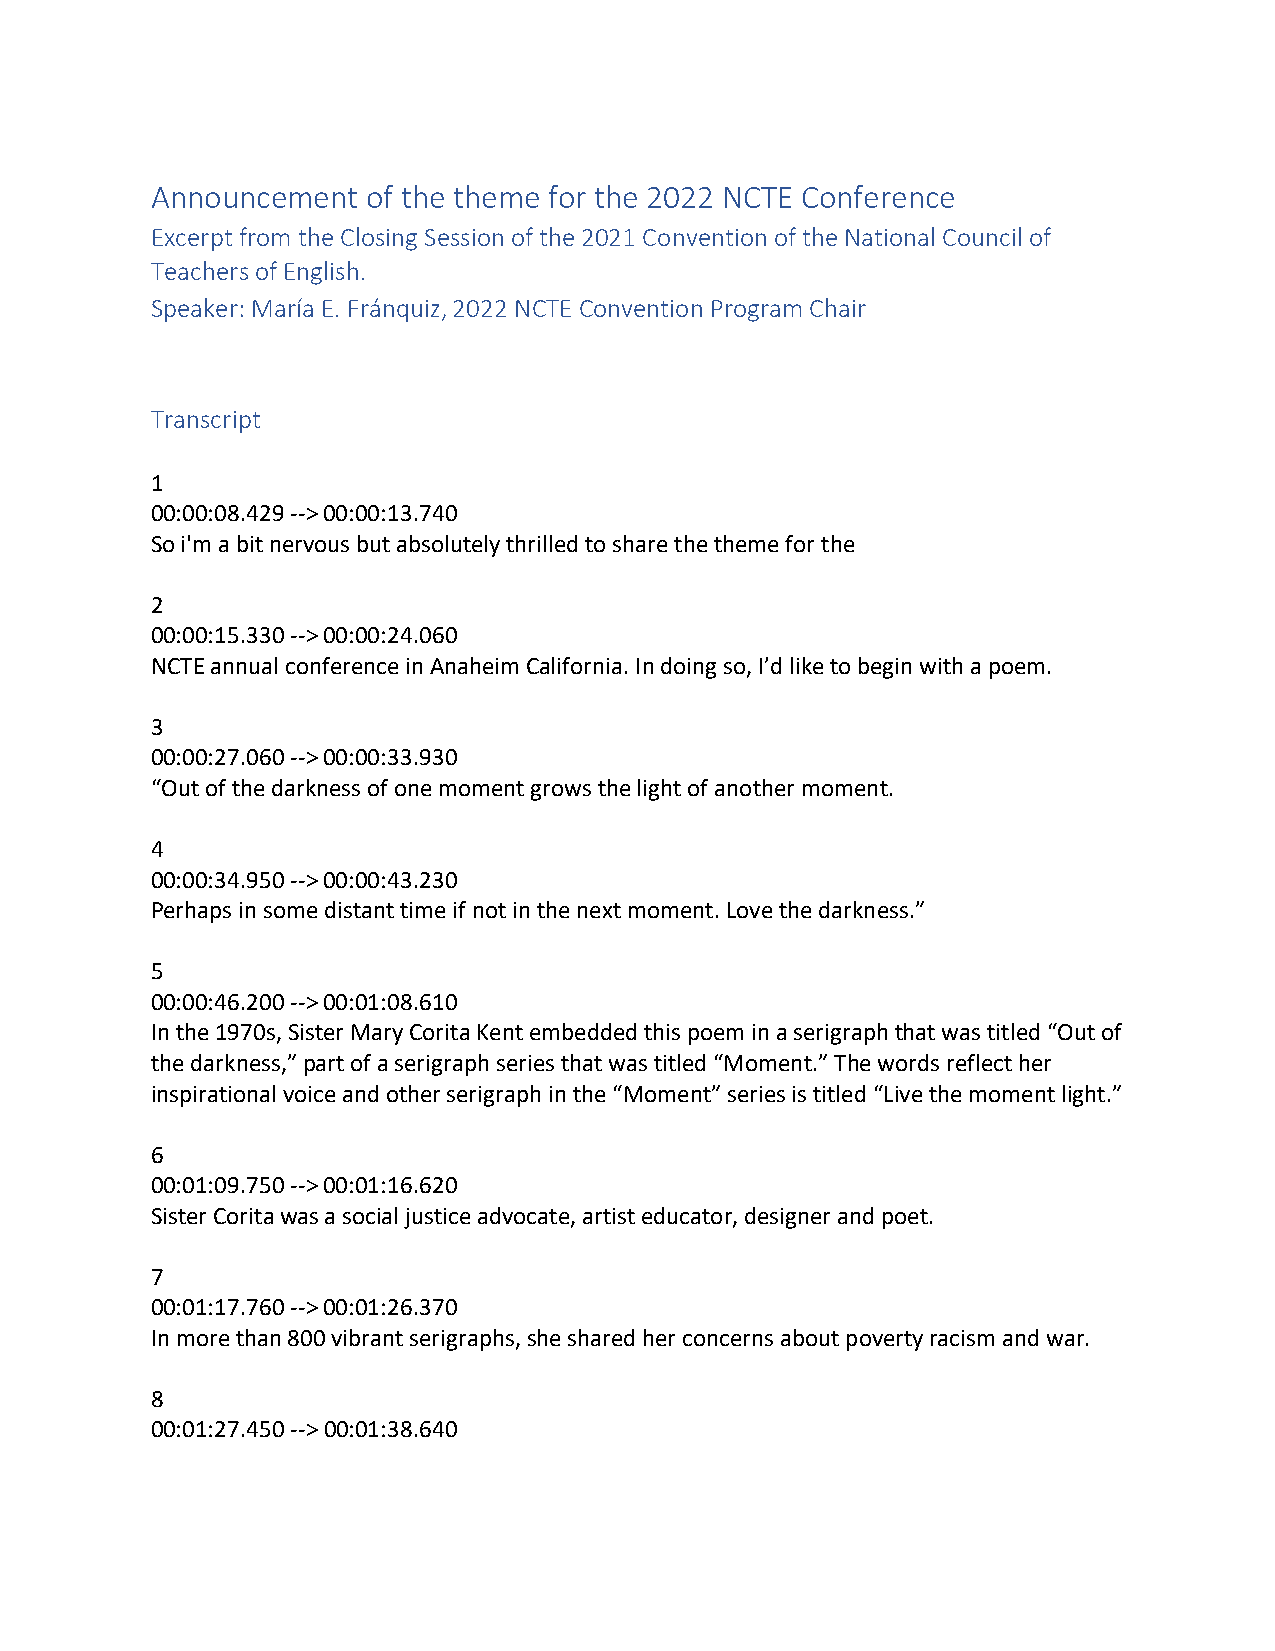
Announcement  of the theme for the 2022 NCTE Conference
 Excerpt from the Closing Session of the 2021 Convention of the National Council of
 Teachers of English.
 Speaker: María E. Fránquiz, 2022 NCTE Convention Program Chair
 Transcript
 1
 00:00:08.429 --> 00:00:13.740
 So i'm a bit nervous but absolutely thrilled to share the theme for the
 2
 00:00:15.330 --> 00:00:24.060
 NCTE annual conference in Anaheim California. In doing so, I’d like to begin with a poem.
 3
 00:00:27.060 --> 00:00:33.930
 “Out of the darkness of one moment grows the light of another moment.
 4
 00:00:34.950 --> 00:00:43.230
 Perhaps in some distant time if not in the next moment. Love the darkness.”
 5
 00:00:46.200 --> 00:01:08.610
 In the 1970s, Sister Mary Corita Kent embedded this poem in a serigraph that was titled “Out of
 the darkness,” part of a serigraph series that was titled “Moment.” The words reflect her
 inspirational voice and other serigraph in the “Moment” series is titled “Live the moment light.”
 6
 00:01:09.750 --> 00:01:16.620
 Sister Corita was a social justice advocate, artist educator, designer and poet.
 7
 00:01:17.760 --> 00:01:26.370
 In more than 800 vibrant serigraphs, she shared her concerns about poverty racism and war.
 8
 00:01:27.450 --> 00:01:38.640